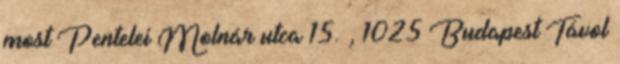
most Pentelei Molnár utca 15. , 1025 Budapest Távol